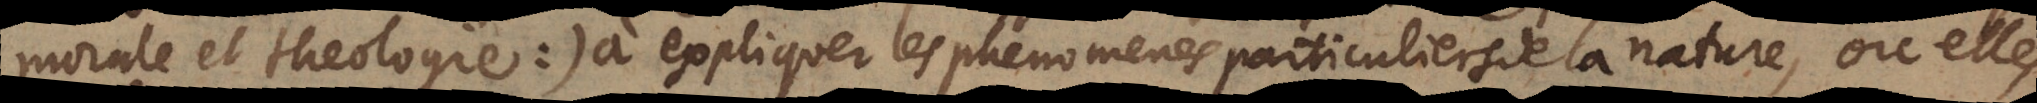
morale et theologie:) à expliquer les phenomenes particuliers de la nature, où elles